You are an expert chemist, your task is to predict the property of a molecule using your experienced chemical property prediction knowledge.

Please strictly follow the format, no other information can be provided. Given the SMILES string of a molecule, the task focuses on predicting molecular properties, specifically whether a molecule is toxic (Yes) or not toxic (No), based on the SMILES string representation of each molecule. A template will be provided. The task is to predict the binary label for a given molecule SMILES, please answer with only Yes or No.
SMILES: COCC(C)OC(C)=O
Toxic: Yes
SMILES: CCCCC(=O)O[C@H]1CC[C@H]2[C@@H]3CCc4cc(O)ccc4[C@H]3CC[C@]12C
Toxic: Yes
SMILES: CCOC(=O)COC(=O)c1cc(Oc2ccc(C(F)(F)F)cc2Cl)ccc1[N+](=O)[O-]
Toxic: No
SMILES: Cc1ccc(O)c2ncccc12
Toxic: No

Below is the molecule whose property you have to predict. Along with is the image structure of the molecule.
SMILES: CN1C(=O)COc2c(C(=O)NC3CN4CCC3CC4)cc(Cl)cc21
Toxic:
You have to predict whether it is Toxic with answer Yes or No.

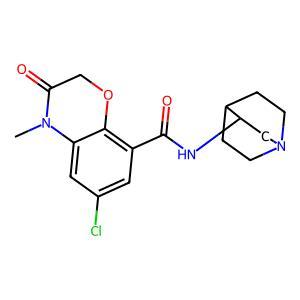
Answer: No